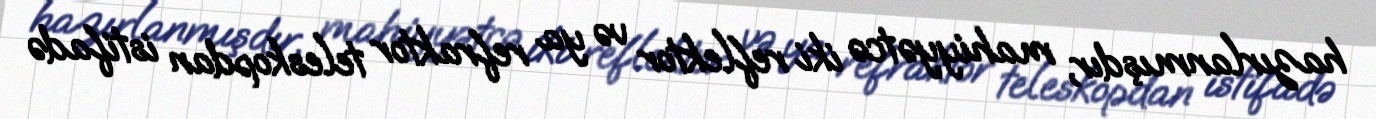
hazırlanmışdır, mahiyyətcə iki reflektor və ya refraktor teleskopdan istifadə